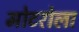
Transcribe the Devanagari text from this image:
मोटरोला